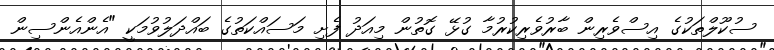
ސުކޫލްތަކުގެ އިސްވެރިން ބާރުވެރިކުރުމާ ގުޅޭ ގޮތުން މިއަދު ފެށި މަސައްކަތުގެ ބައްދަލުވުމަކީ "އެންއެންސިން